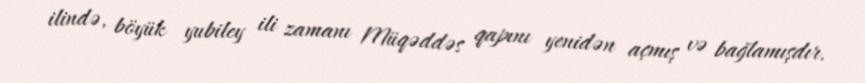
ilində, böyük yubiley ili zamanı Müqəddəs qapını yenidən açmış və bağlamışdır.